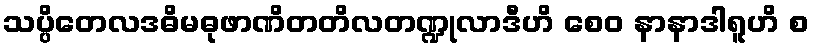
သပ္ပိတေလဒဓိမဓုဖာဏိတတိလတဏ္ဍုလာဒီဟိ စေဝ နာနာဒါရူဟိ စ